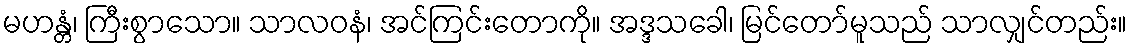
မဟန္တံ၊ ကြီးစွာသော။ သာလဝနံ၊ အင်ကြင်းတောကို။ အဒ္ဒသခေါ၊ မြင်တော်မူသည် သာလျှင်တည်း။